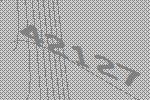
42127